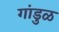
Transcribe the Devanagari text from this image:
गांडुळ